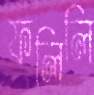
ফলিলি